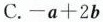
C.-a+2b